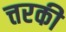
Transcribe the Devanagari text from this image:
त्तरकी